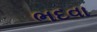
ભદવા